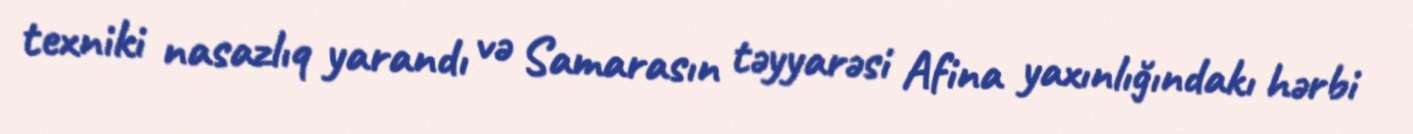
texniki nasazlıq yarandı və Samarasın təyyarəsi Afina yaxınlığındakı hərbi